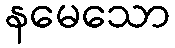
နမေသော